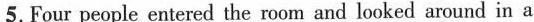
5.Four people entered the room and looked around in a